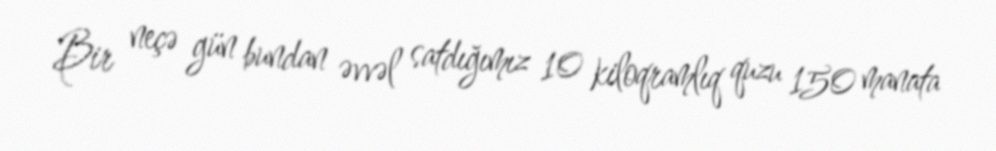
Bir neçə gün bundan əvvəl satdığımız 10 kiloqramlıq quzu 150 manata